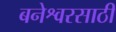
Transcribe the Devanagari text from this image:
बनेश्वरसाठी